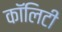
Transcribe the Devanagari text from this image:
कॉलिटी